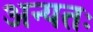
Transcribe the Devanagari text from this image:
अन्यतः